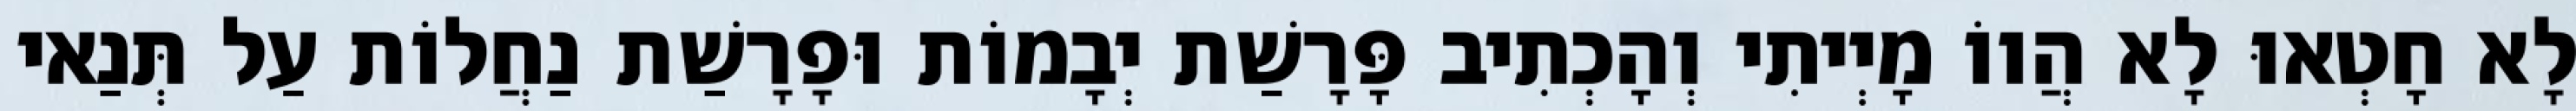
לָא חָטְאוּ לָא הֲווֹ מָיְיתִי וְהָכְתִיב פָּרָשַׁת יְבָמוֹת וּפָרָשַׁת נַחֲלוֹת עַל תְּנַאי